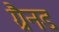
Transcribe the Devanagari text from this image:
ग्रैनड